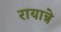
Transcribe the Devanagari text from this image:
रायान्ने